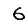
Digit: 6